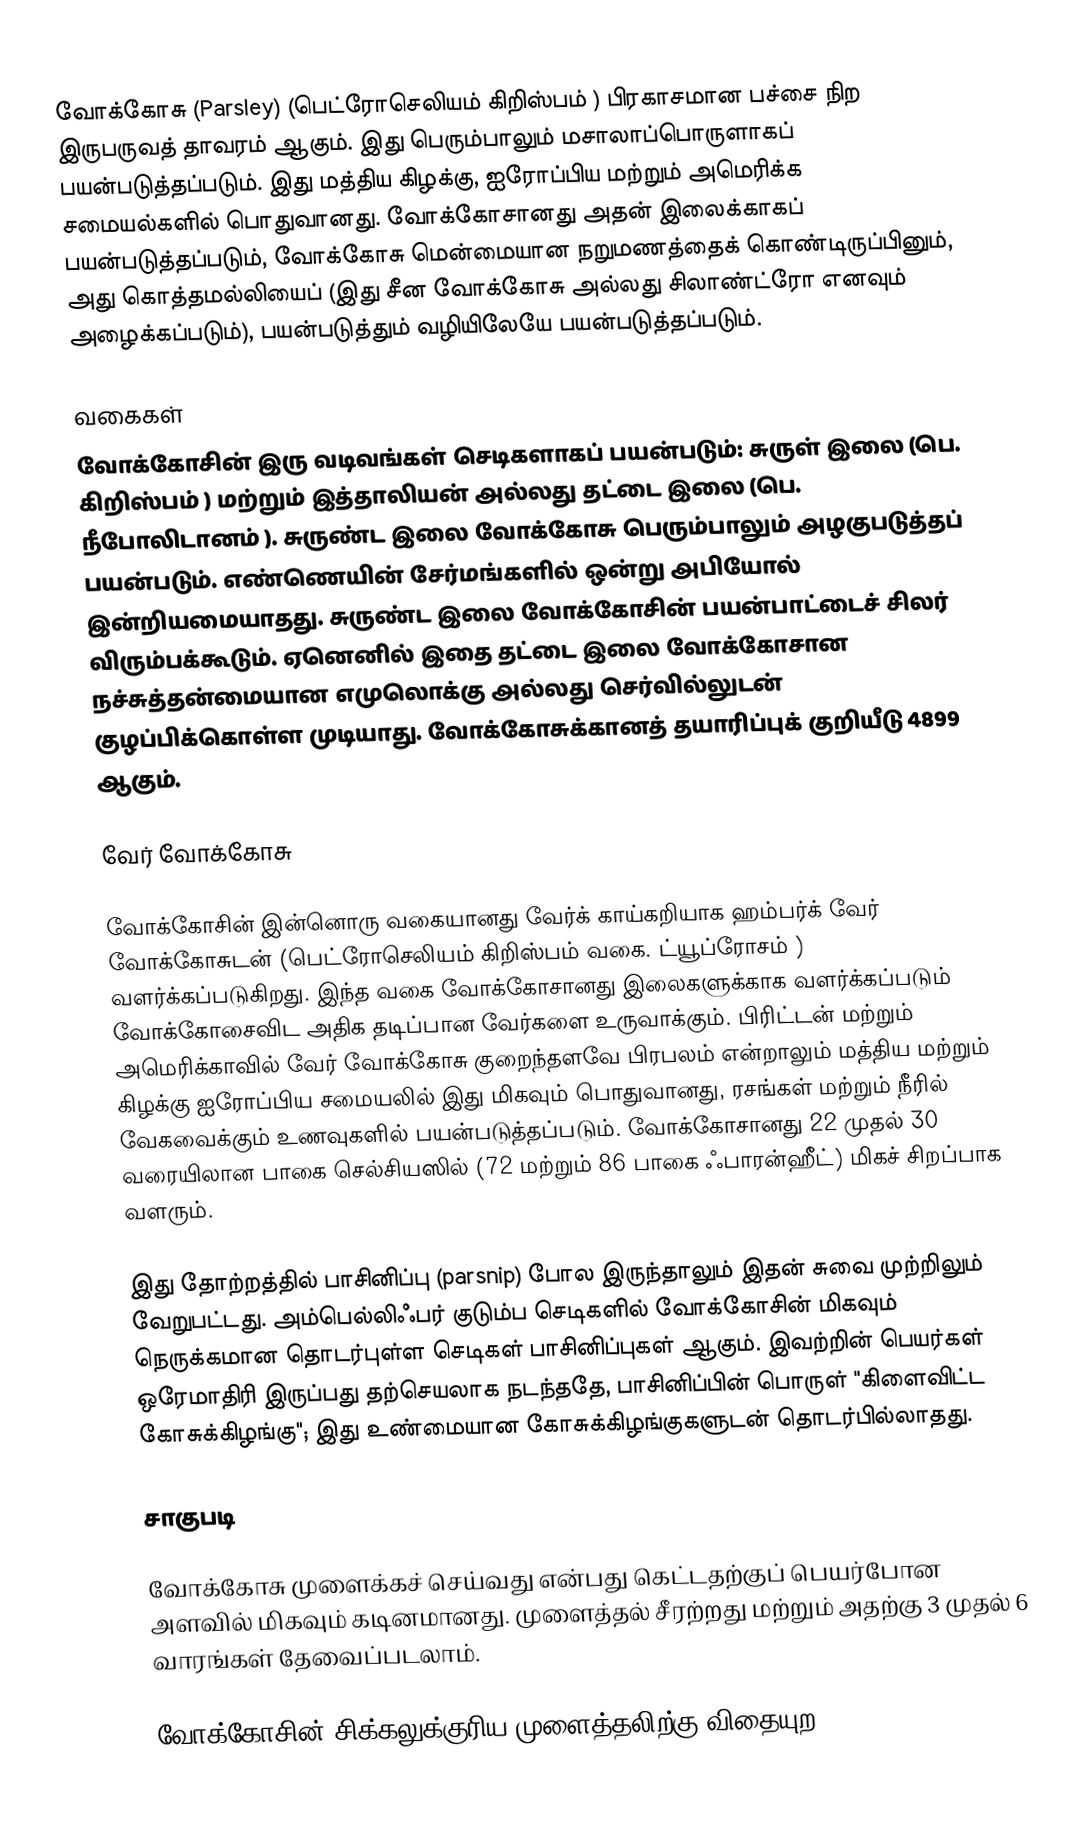
வோக்கோசு  (Parsley) (பெட்ரோசெலியம் கிறிஸ்பம் ) பிரகாசமான பச்சை நிற இருபருவத் தாவரம் ஆகும். இது பெரும்பாலும் மசாலாப்பொருளாகப் பயன்படுத்தப்படும். இது மத்திய கிழக்கு, ஐரோப்பிய மற்றும் அமெரிக்க சமையல்களில் பொதுவானது. வோக்கோசானது அதன் இலைக்காகப் பயன்படுத்தப்படும், வோக்கோசு மென்மையான நறுமணத்தைக் கொண்டிருப்பினும், அது கொத்தமல்லியைப் (இது சீன வோக்கோசு  அல்லது சிலாண்ட்ரோ  எனவும் அழைக்கப்படும்), பயன்படுத்தும் வழியிலேயே பயன்படுத்தப்படும்.

வகைகள்
வோக்கோசின் இரு வடிவங்கள் செடிகளாகப் பயன்படும்: சுருள் இலை (பெ. கிறிஸ்பம் ) மற்றும் இத்தாலியன் அல்லது தட்டை இலை (பெ. நீபோலிடானம் ). சுருண்ட இலை வோக்கோசு பெரும்பாலும் அழகுபடுத்தப் பயன்படும். எண்ணெயின் சேர்மங்களில் ஒன்று அபியோல் இன்றியமையாதது. சுருண்ட இலை வோக்கோசின் பயன்பாட்டைச் சிலர் விரும்பக்கூடும். ஏனெனில் இதை தட்டை இலை வோக்கோசான நச்சுத்தன்மையான எமுலொக்கு அல்லது செர்வில்லுடன் குழப்பிக்கொள்ள முடியாது. வோக்கோசுக்கானத் தயாரிப்புக் குறியீடு 4899 ஆகும்.

வேர் வோக்கோசு

வோக்கோசின் இன்னொரு வகையானது வேர்க் காய்கறியாக ஹம்பர்க் வேர் வோக்கோசுடன்  (பெட்ரோசெலியம் கிறிஸ்பம்  வகை. ட்யூப்ரோசம் ) வளர்க்கப்படுகிறது. இந்த வகை வோக்கோசானது இலைகளுக்காக வளர்க்கப்படும் வோக்கோசைவிட அதிக தடிப்பான வேர்களை உருவாக்கும். பிரிட்டன் மற்றும் அமெரிக்காவில் வேர் வோக்கோசு குறைந்தளவே பிரபலம் என்றாலும் மத்திய மற்றும் கிழக்கு ஐரோப்பிய சமையலில் இது மிகவும் பொதுவானது, ரசங்கள் மற்றும் நீரில் வேகவைக்கும் உணவுகளில் பயன்படுத்தப்படும். வோக்கோசானது 22 முதல் 30 வரையிலான பாகை செல்சியஸில் (72 மற்றும் 86 பாகை ஃபாரன்ஹீட்) மிகச் சிறப்பாக வளரும்.

இது தோற்றத்தில் பாசினிப்பு (parsnip) போல இருந்தாலும் இதன் சுவை முற்றிலும் வேறுபட்டது. அம்பெல்லிஃபர் குடும்ப செடிகளில் வோக்கோசின் மிகவும் நெருக்கமான தொடர்புள்ள செடிகள் பாசினிப்புகள் ஆகும். இவற்றின் பெயர்கள் ஒரேமாதிரி இருப்பது தற்செயலாக நடந்ததே, பாசினிப்பின் பொருள் "கிளைவிட்ட கோசுக்கிழங்கு"; இது உண்மையான கோசுக்கிழங்குகளுடன் தொடர்பில்லாதது.

சாகுபடி

வோக்கோசு முளைக்கச் செய்வது என்பது கெட்டதற்குப் பெயர்போன அளவில் மிகவும் கடினமானது. முளைத்தல் சீரற்றது மற்றும் அதற்கு 3 முதல் 6 வாரங்கள் தேவைப்படலாம்.

வோக்கோசின் சிக்கலுக்குரிய முளைத்தலிற்கு விதையுற